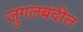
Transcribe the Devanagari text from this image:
जुगलबंदीत